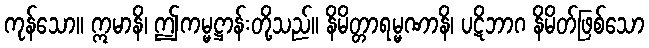
ကုန်သော။ ဣမာနိ၊ ဤကမ္မဋ္ဌာန်းတို့သည်။ နိမိတ္တာရမ္မဏာနိ၊ ပဋိဘာဂ နိမိတ်ဖြစ်သော